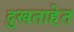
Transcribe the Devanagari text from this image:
दुखताहेत